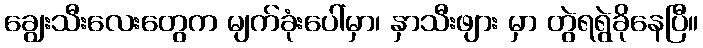
ချွေးသီးလေးတွေက မျက်ခုံးပေါ်မှာ၊ နှာသီးဖျား မှာ တွဲရရွဲခိုနေပြီ။